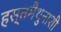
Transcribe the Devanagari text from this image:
हस्तमैथुनाशी